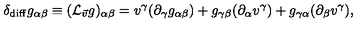
\delta _ { \mathrm { d i f f } } g _ { \alpha \beta } \equiv ( { \cal L } _ { \vec { v } } g ) _ { \alpha \beta } = v ^ { \gamma } ( \partial _ { \gamma } g _ { \alpha \beta } ) + g _ { \gamma \beta } ( \partial _ { \alpha } v ^ { \gamma } ) + g _ { \gamma \alpha } ( \partial _ { \beta } v ^ { \gamma } ) ,